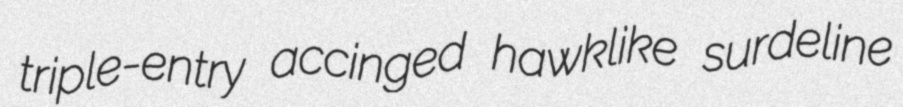
triple-entry accinged hawklike surdeline